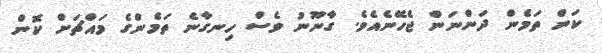
ކަން ތަމެން ދަންނަން ޖެހޭނެއެވެ. ގާނޫނު ވެސް ހިނގާނެ ތަމެންގެ މައްޗަށް ކޮން